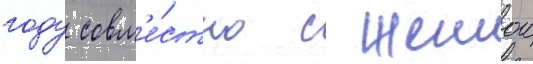
году совм'е́стно с женои